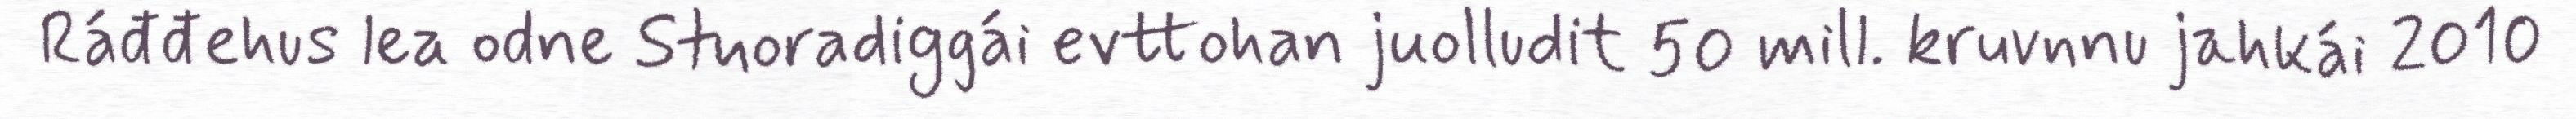
Ráđđehus lea odne Stuoradiggái evttohan juolludit 50 mill. kruvnnu jahkái 2010